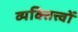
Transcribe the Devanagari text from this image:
व्यक्तित्त्वों